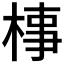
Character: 𣓊